Medical and sanitary report of the native army of Madras for the year
Year: 1876
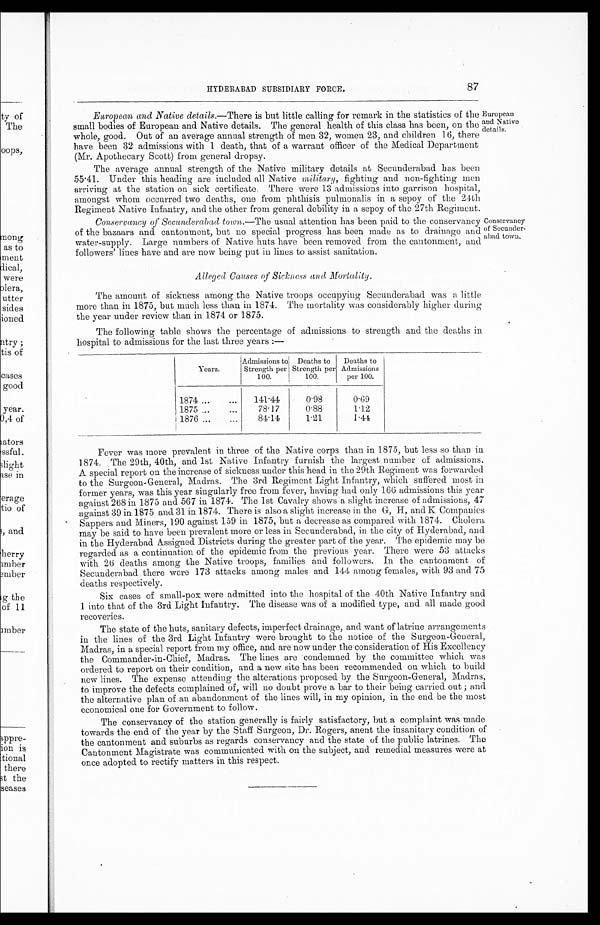
HYDERABAD SUBSIDIARY FORCE.
87
European and Native details. —There is but little calling for remark in the statistics of the
small bodies of European and Native details. The general health of this class has been, on the
whole, good. Out of an average annual strength of men 32, women 23, and children 16, there
have been 32 admissions with 1 death, that of a warrant officer of the Medical Department
(Mr. Apothecary Scott) from general dropsy.
The average annual strength of the Native military details at Secunderabad has been
55.41. Under this heading are included all Native military, fighting and non-fighting men
arriving at the station on sick certificate. There were 13 admissions into garrison hospital
amongst whom occurred two deaths, one from phthisis pulmonalis in a sepoy of the 24th
Regiment Native Infantry, and the other from general debility in a sepoy of the 27th Regiment.
Conservancy of Secunderabad town.—The usual attention has been paid to the conservancy
of the bazaars and cantonment, but no special progress has been made as to drainage and
water-supply. Large numbers of Native huts have been removed from the cantonment, and
followers' lines have and are now being put in lines to assist sanitation.
Alleged Causes of Sickness and Mortality.
The amount of sickness among the Native troops occupying Secunderabad was a little
more than in 1875, but much less than in 1874. The mortality was considerably higher during
the year under review than in 1874 or 1875.
The following table shows the percentage of admissions to strength and the deaths in
hospital to admissions for the last three years :—
Conservancy
of Secunder-
abad town.
European
and Native
details.
Years.
Admissions to
Strength per
100.
Deaths to
Strength per
100.
Deaths to
Admissions
per 100.
1874 ...
...
141.44
0.98
0.69
1875 ...
...
78.17
0.88
1.12
1876 ...
...
84.14
1.21
1.44
Fever was more prevalent in three of the Native corps than in 1875, but less so than in
1874. The 29th, 40th, and 1st Native Infantry furnish the largest number of admissions.
A special report on the increase of sickness under this head in the 29th Regiment was forwarded
to the Surgeon-General, Madras. The 3rd Regiment Light Infantry, which suffered most in
former years, was this year singularly free from fever, having had only 166 admissions this year
a gainst 268 in 1875 and 567 in 1874. The 1st Cavalry shows a slight increase of admissions, 47
against 39 in 1875 and 31 in 1874. There is also a slight increase in the G, H, and K Companies
Sappers and Miners, 190 against 159 in 1875, but a decrease as compared with 1874. Cholera
may be said to have been prevalent more or less in Secunderabad, in the city of Hyderabad, and
in the Hyderabad Assigned Districts during the greater part of the year. The epidemic may be
regarded as a continuation of the epidemic from the previous year. There were 53 attacks
with 26 deaths among the Native troops, families and followers. In the cantonment of
Secunderabad there were 173 attacks among males and 144 among females, with 93 and 75
deaths respectively.
Six cases of small-pox were admitted into the hospital of the 40th Native Infantry and
1 into that of the 3rd Light Infantry. The disease was of a modified type, and all made good
recoveries.
The state of the huts, sanitary defects, imperfect drainage, and want of latrine arrangements
in the lines of the 3rd Light Infantry were brought to the notice of the Surgeon-General,
Madras, in a special report from my office, and are now under the consideration of His Excellency
the Commander-in-Chief, Madras. The lines are condemned by the committee which was
ordered to report on their condition, and a new site has been recommended on which to build
new lines. The expense attending the alterations proposed by the Surgeon-General, Madras,
to improve the defects complained of, will no doubt prove a bar to their being carried out ; and
the alternative plan of an abandonment of the lines will, in my opinion, in the end be the most
economical one for Government to follow.
The conservancy of the station generally is fairly satisfactory, but a complaint was made
towards the end of the year by the Staff Surgeon, Dr. Rogers, anent the insanitary condition of
the cantonment and suburbs as regards conservancy and the state of the public latrines. The
Cantonment Magistrate was communicated with on the subject, and remedial measures were at
once adopted to rectify matters in this respect.